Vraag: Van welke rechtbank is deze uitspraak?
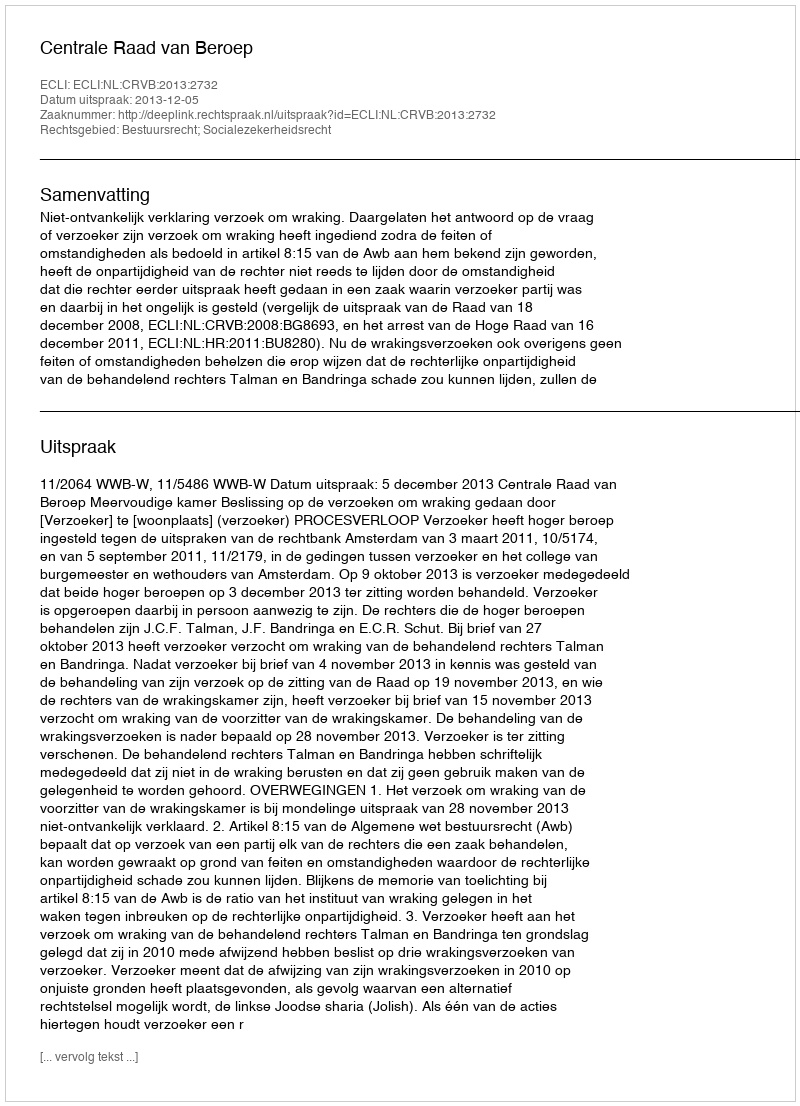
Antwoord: Centrale Raad van Beroep